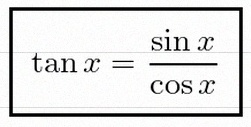
\tan x=\frac{\sin x}{\cos x}